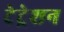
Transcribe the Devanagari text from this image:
टेट्रेशन